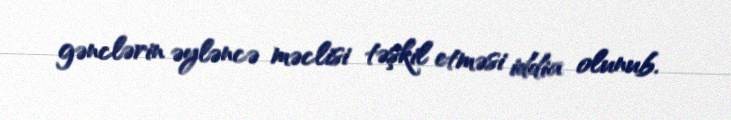
gənclərin əyləncə məclisi təşkil etməsi iddia olunub.